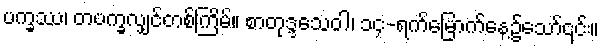
ပက္ခဿ၊ တပက္ခလျှင်တစ်ကြိမ်။ စာတုဒ္ဒသေဝါ၊ ၁၄-ရက်မြောက်နေ့၌သော်၎င်း။